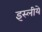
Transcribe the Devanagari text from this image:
इस्लीये